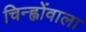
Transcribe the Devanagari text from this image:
चिन्ह्नोंवाला